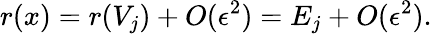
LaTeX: r(x)=r(V_{j})+O(\epsilon^{2})=E_{j}+O(\epsilon^{2}).